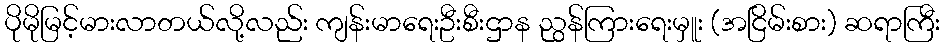
ပိုမိုမြင့်မားလာတယ်လို့လည်း ကျန်းမာရေးဦးစီးဌာန ညွန်ကြားရေးမှူး (အငြိမ်းစား) ဆရာကြီး